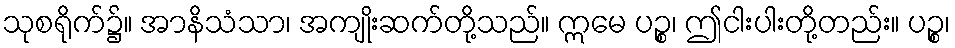
သုစရိုက်၌။ အာနိသံသာ၊ အကျိုးဆက်တို့သည်။ ဣမေ ပဉ္စ၊ ဤငါးပါးတို့တည်း။ ပဉ္စ၊